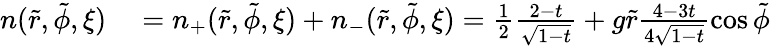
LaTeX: \begin{array}{rl}{n(\tilde{r},\tilde{\phi},\xi)}&{{}=n_{+}(\tilde{r},\tilde{\phi},\xi)+n_{-}(\tilde{r},\tilde{\phi},\xi)=\frac{1}{2}\frac{2-t}{\sqrt{1-t}}+g\tilde{r}\frac{4-3t}{4\sqrt{1-t}}\cos\tilde{\phi}}\end{array}